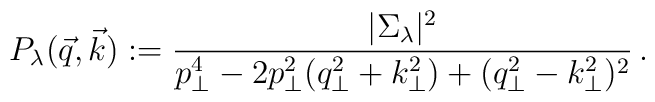
P_{\lambda}(\vec{q}, \vec{k}) :={|\Sigma_{\lambda}|^2 \over p_{\perp}^4-2p_{\perp}^2(q_{\perp}^2+k_{\perp}^2)+(q_{\perp}^2-k_{\perp}^2)^2}\,.